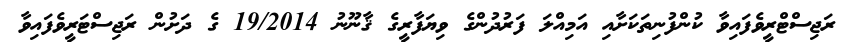
ރަޖިސްޓްރީވެފައިވާ ކުންފުނިތަކަށާއި އަމިއްލަ ފަރުދުންގެ ވިޔަފާރީގެ ޤާނޫނު 19/2014 ގެ ދަށުން ރަޖިސްޓަރީވެފައިވާ